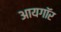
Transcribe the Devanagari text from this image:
आयगॉर